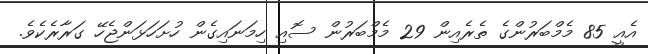
އެއީ 85 މެމްބަރުންގެ ތެރެއިން 29 މެމްބަރުން ސޮއި ހިމަނައިގެން ހުށަހަޅަންޖެހޭ ގަރާރެކެވެ.